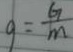
g = \frac { G } { m }